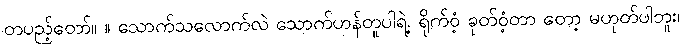
တပည့်တော်။ ။ သောက်သလောက်လဲ သောက်ဟန်တူပါရဲ့. ရိုက်ဝံ့ ခုတ်ဝံ့တာ တော့ မဟုတ်ပါဘူး၊